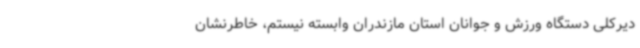
دیرکلی دستگاه ورزش و جوانان استان مازندران وابسته نیستم، خاطرنشان